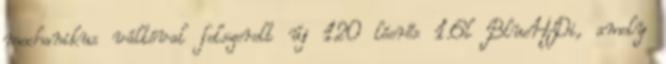
mechanikus váltóval felszerelt új 120 lóerős 1.6l BlueHDi, amely